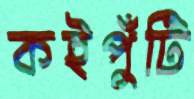
কইপুঁটি